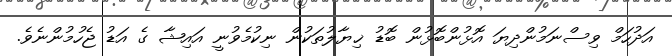
އަދުހަމް ވިސްނަމުންދިޔަ އޮޅުންބޮޅުން ބޮޑު ޚިޔާލުތަކުން ނިކުމެވުނީ އައިޝާ ގެ އަޑު ޖެހުމުންނެވެ.